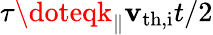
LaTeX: \tau\doteqk_{\parallel}\mathbf{v}_{\mathrm{{th,i}}}t/2